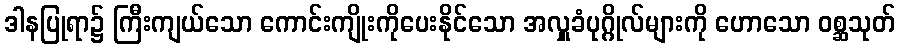
ဒါနပြုရာ၌ ကြီးကျယ်သော ကောင်းကျိုးကိုပေးနိုင်သော အလှူခံပုဂ္ဂိုလ်များကို ဟောသော ဝစ္ဆသုတ်